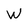
Character: W